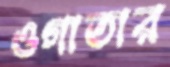
ওগাতার